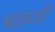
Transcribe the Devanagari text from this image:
भालजीं